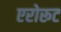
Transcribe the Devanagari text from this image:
एरोरूट